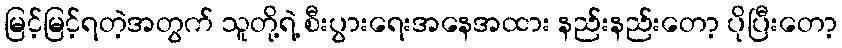
မြင့်မြင့်ရတဲ့အတွက် သူတို့ရဲ့ စီးပွားရေးအနေအထား နည်းနည်းတော့ ပိုပြီးတော့